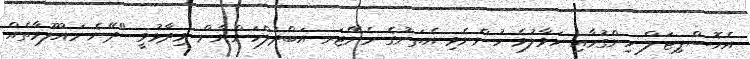
އެހޮސްޕިޓަލް ހިންގުމާއި ހަވާލުވެ ހުންނެވި އެތަނުގެ މެނޭޖަރ އަބްދުލްހަންނާން ވިދާޅުވީ "ދޭނެ މައުލޫމާތެއް